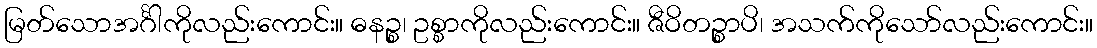
မြတ်သောအင်္ဂါကိုလည်းကောင်း။ ဓနဉ္စ၊ ဥစ္စာကိုလည်းကောင်း။ ဇီဝိတဉ္စာပိ၊ အသက်ကိုသော်လည်းကောင်း။